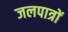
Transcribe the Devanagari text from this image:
जलपात्रों